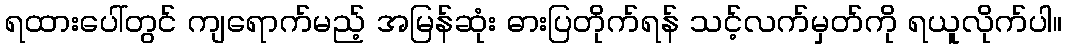
ရထားပေါ်တွင် ကျရောက်မည့် အမြန်ဆုံး ဓားပြတိုက်ရန် သင့်လက်မှတ်ကို ရယူလိုက်ပါ။